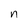
Character: n